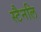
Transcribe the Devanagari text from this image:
स्टैनलि